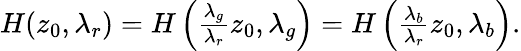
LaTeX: \begin{array}{r}{H(z_{0},\lambda_{r})=H\left(\frac{\lambda_{g}}{\lambda_{r}}z_{0},\lambda_{g}\right)=H\left(\frac{\lambda_{b}}{\lambda_{r}}z_{0},\lambda_{b}\right).}\end{array}